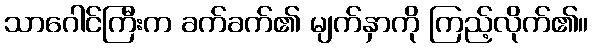
သာဂေါင်ကြီးက ခက်ခက်၏ မျက်နှာကို ကြည့်လိုက်၏။